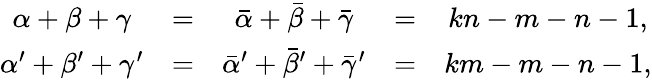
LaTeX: \begin{array}{ccccc}{{\alpha+\beta+\gamma}}&{{=}}&{{\bar{\alpha}+\bar{\beta}+\bar{\gamma}}}&{{=}}&{{kn-m-n-1,}}\\ {{\alpha^{\prime}+\beta^{\prime}+\gamma^{\prime}}}&{{=}}&{{\bar{\alpha}^{\prime}+\bar{\beta}^{\prime}+\bar{\gamma}^{\prime}}}&{{=}}&{{km-m-n-1,}}\end{array}